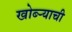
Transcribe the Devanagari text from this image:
खोब्ऱ्याची